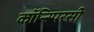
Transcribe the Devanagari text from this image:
कॉन्स्पिरसी